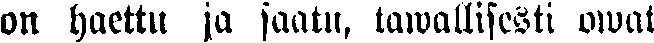
on haettu ja saatu, tawallisesti owat